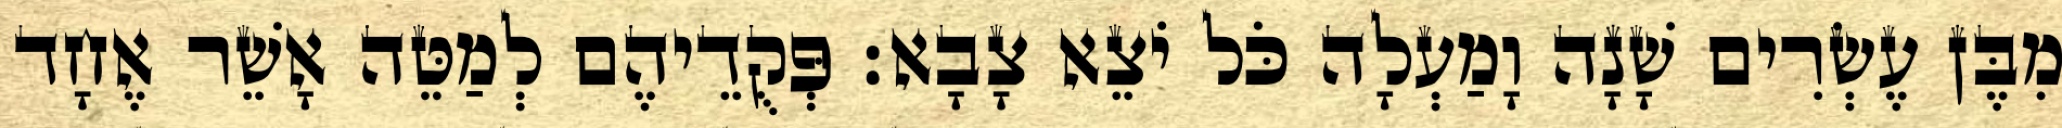
מִבֶּן עֶשְׂרִים שָׁנָה וָמַעְלָה כֹּל יֹצֵא צָבָא׃ פְּקֻדֵיהֶם לְמַטֵּה אָשֵׁר אֶחָד